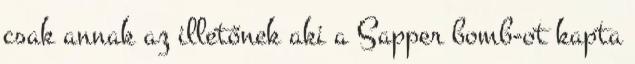
csak annak az illetőnek aki a Sapper bomb-ot kapta